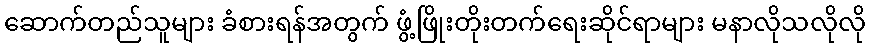
ဆောက်တည်သူများ ခံစားရန်အတွက် ဖွံ့ဖြိုးတိုးတက်ရေးဆိုင်ရာများ မနာလိုသလိုလို